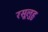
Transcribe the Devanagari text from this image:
रसूलुहु